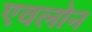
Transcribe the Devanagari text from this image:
एवलोन